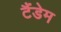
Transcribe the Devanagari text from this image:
टैंडेम